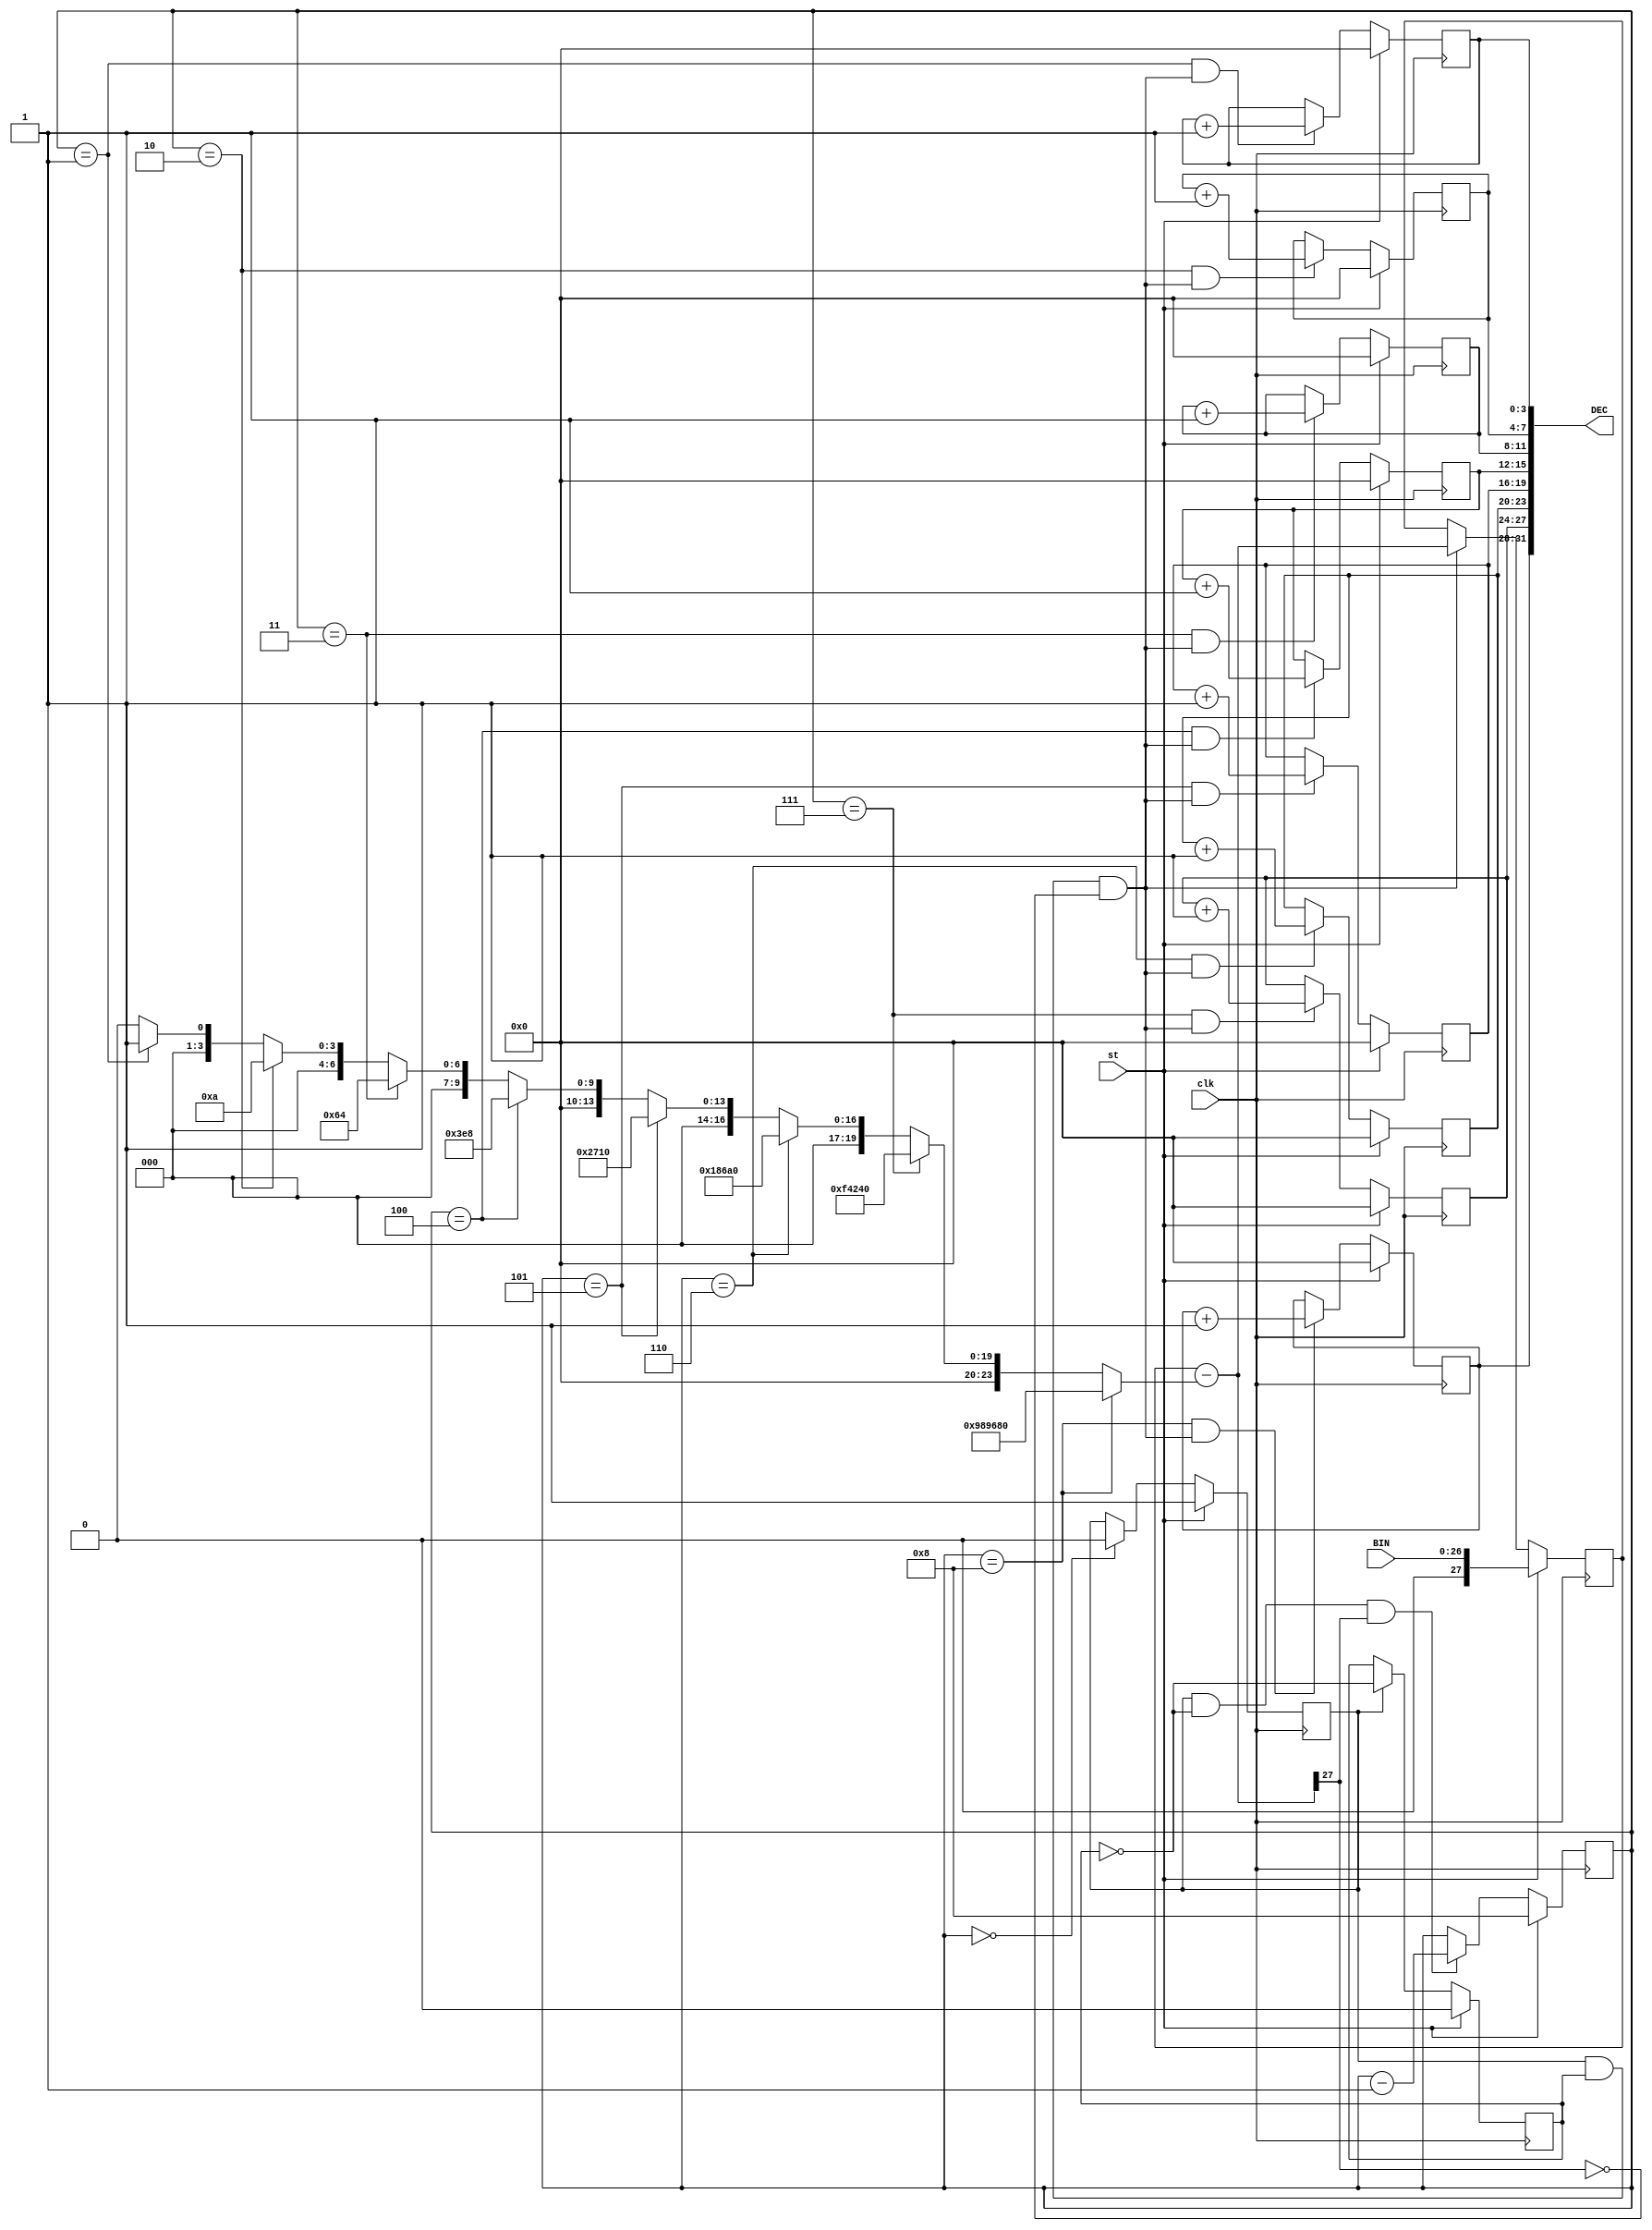
module BIN27_to_DEC8(input[26:0]BIN, 	output wire [31:0]DEC,
			               input clk,
			               input st );

reg [3:0]ptr_dig=0; 			
reg[3:0]D1dec=0;	reg[3:0]D2dec=0;	reg[3:0]D3dec=0;	reg[3:0]D4dec=0;
reg[3:0]D5dec=0;	reg[3:0]D6dec=0;	reg[3:0]D7dec=0;	reg[3:0]D8dec=0;	

reg en_conv=0, q=0 ;    
reg [27:0]rest=0; 
assign DEC= {D8dec, D7dec, D6dec, D5dec, D4dec, D3dec, D2dec, D1dec} ;

wire d8 = (ptr_dig==8);		wire d7 = (ptr_dig==7);
wire d6 = (ptr_dig==6); 	wire d5 = (ptr_dig==5);
wire d4 = (ptr_dig==4); 	wire d3 = (ptr_dig==3);
wire d2 = (ptr_dig==2);		wire d1 = (ptr_dig==1);

wire[26:0]Nd=	d8?  10000000 : 
		          d7?  1000000 : 
		          d6?  100000 :
		          d5?  10000 : 
		          d4?  1000 : 
		          d3?  100 :	
		          d2?  10 :	
		          d1?  1 : 0 ;
wire [27:0]dx = rest-Nd ; 
wire z = dx[27] ;	
wire en_inc_dig  = en_conv &  q & !z ; 
wire en_dec_ptr  = en_conv & !q &  z ; 

always @(posedge clk) begin
  q <= st? 0 : en_conv? !q : q ; 
  en_conv <= st? 1 : (ptr_dig==0)? 0 : en_conv ;	
  rest <= st? BIN : en_inc_dig? dx : rest ;
  ptr_dig <= st? 8: en_dec_ptr?  ptr_dig-1 : ptr_dig ;	
  D8dec <= st? 0 : (d8 & en_inc_dig)? D8dec+1 : D8dec ;
  D7dec <= st? 0 : (d7 & en_inc_dig)? D7dec+1 : D7dec ;
  D6dec <= st? 0 : (d6 & en_inc_dig)? D6dec+1 : D6dec ;
  D5dec <= st? 0 : (d5 & en_inc_dig)? D5dec+1 : D5dec ;
  D4dec <= st? 0 : (d4 & en_inc_dig)? D4dec+1 : D4dec ;
  D3dec <= st? 0 : (d3 & en_inc_dig)? D3dec+1 : D3dec ;
  D2dec <= st? 0 : (d2 & en_inc_dig)? D2dec+1 : D2dec ;
  D1dec <= st? 0 : (d1 & en_inc_dig)? D1dec+1 : D1dec ;
end
endmodule